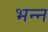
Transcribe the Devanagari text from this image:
भन्न